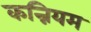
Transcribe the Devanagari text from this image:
कन्नियम